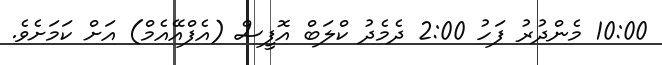
10:00 މެންދުރު ފަހު 2:00 ދެމެދު ކްލަބް އޮފީސް (އެފްއޭއެމް) އަށް ކަމަށެވެ.